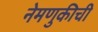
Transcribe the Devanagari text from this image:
नेमणुकीची